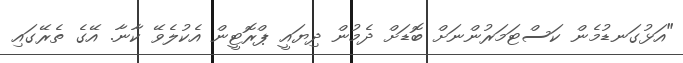
"އަޅުގަނޑުމެން ކަސްޓަމަރުންނަށް ބޮޑަށް ދެމުން ދިޔައީ ޕްރޮޓީން އެކުލެވޭ ކާނާ. އޭގެ ތެރޭގައި